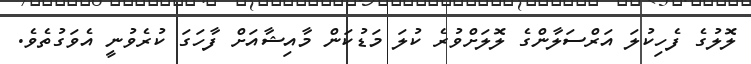
ލޮލުގެ ފެހިކުލަ އަރްސަލާންގެ ލޮލަށްވުރެ ކުލަ މަޑުކަން މާއިޝާއަށް ފާހަގަ ކުރެވުނީ އެވަގުތެވެ.